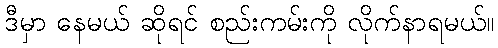
ဒီမှာ နေမယ် ဆိုရင် စည်းကမ်းကို လိုက်နာရမယ်။